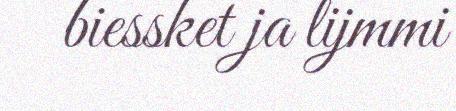
biessket ja lijmmi